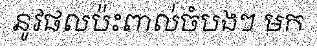
នូវផលប៉ះពាល់ចំបងៗ មក